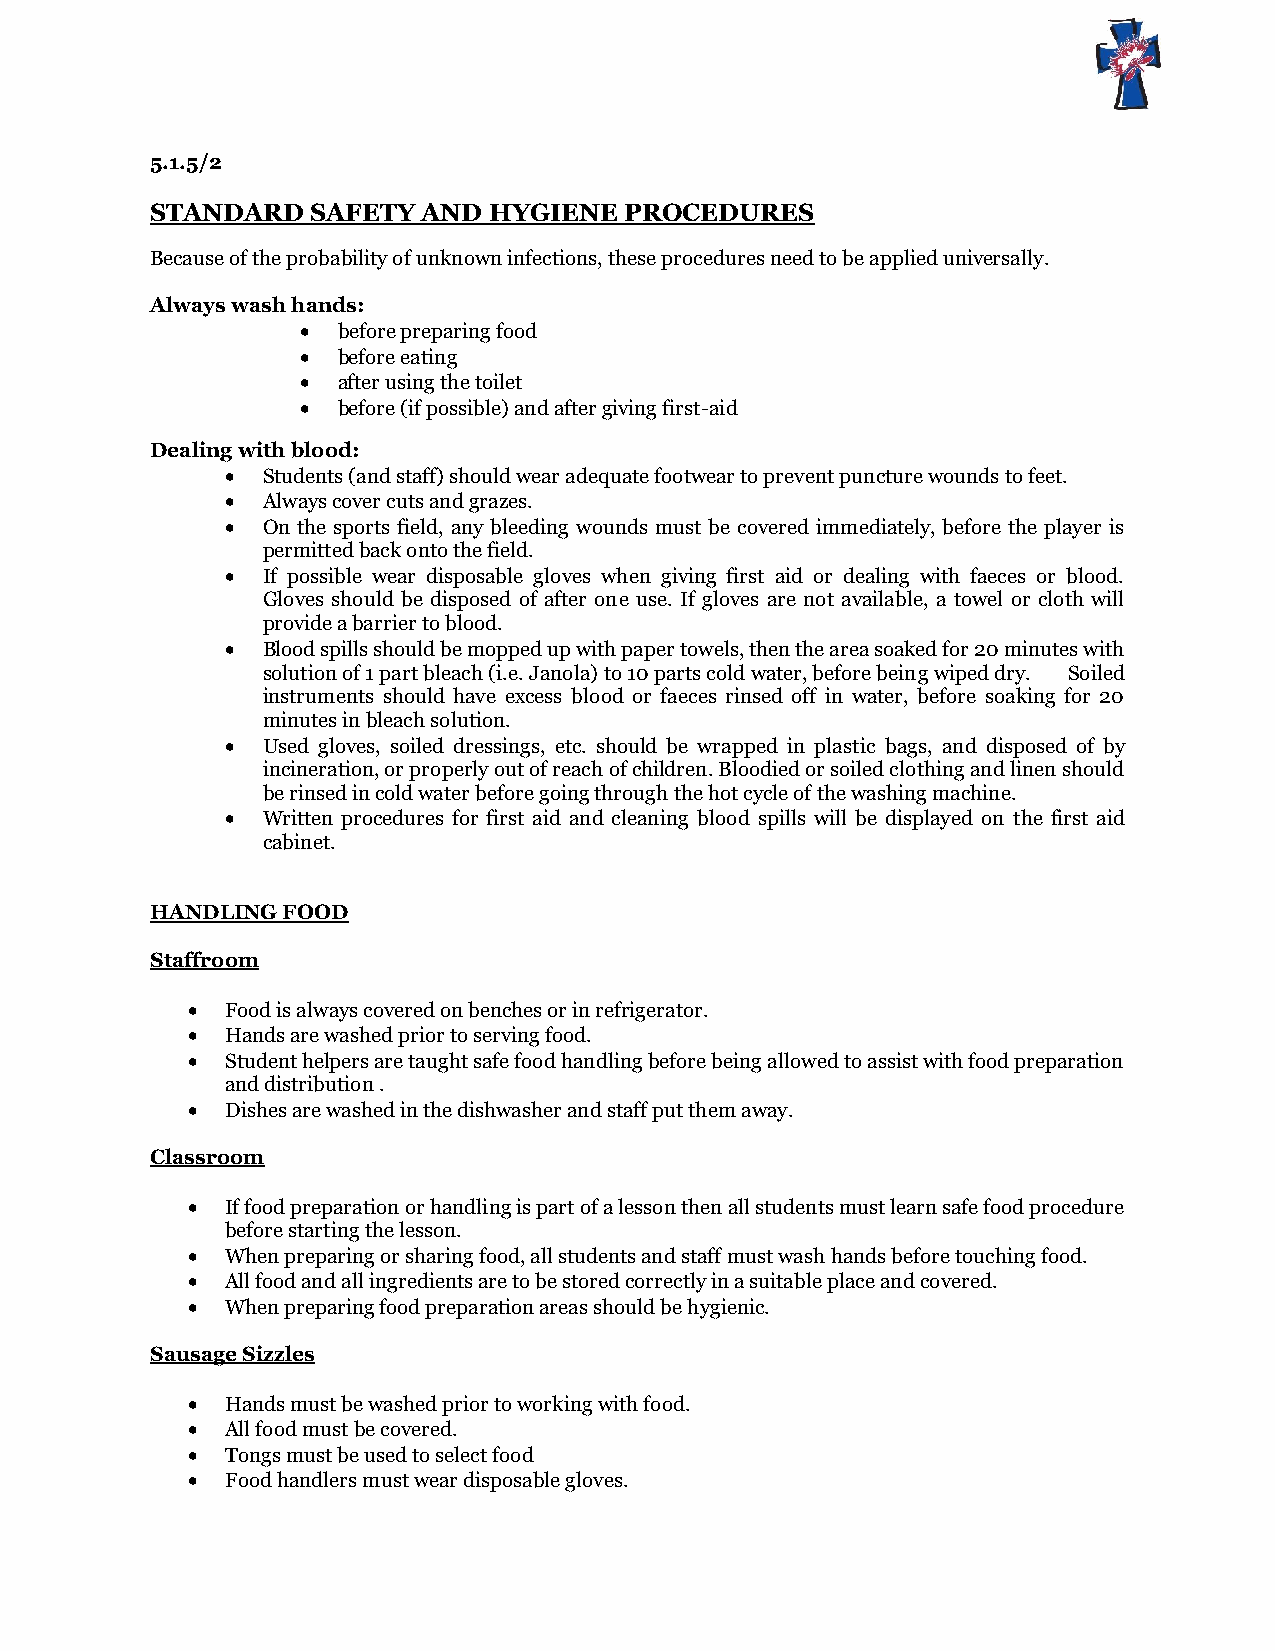
5.1.5/2
 STANDARD   SAFETY AND HYGIENE  PROCEDURES
 Because of the probability of unknown infections, these procedures need to be applied universally.
 Always wash hands:
  before preparing food
  before eating
  after using the toilet
  before (if possible) and after giving first-aid
 Dealing with blood:
  Students (and staff) should wear adequate footwear to prevent puncture wounds to feet.
  Always cover cuts and grazes.
  On the sports field, any bleeding wounds must be covered immediately, before the player is
 permitted back onto the field.
  If possible wear disposable gloves when giving first aid or dealing with faeces or blood.
 Gloves should be disposed of after one use. If gloves are not available, a towel or cloth will
 provide a barrier to blood.
  Blood spills should be mopped up with paper towels, then the area soaked for 20 minutes with
 solution of 1 part bleach (i.e. Janola) to 10 parts cold water, before being wiped dry. Soiled
 instruments should have excess blood or faeces rinsed off in water, before soaking for 20
 minutes in bleach solution.
  Used gloves, soiled dressings, etc. should be wrapped in plastic bags, and disposed of by
 incineration, or properly out of reach of children. Bloodied or soiled clothing and linen should
 be rinsed in cold water before going through the hot cycle of the washing machine.
  Written procedures for first aid and cleaning blood spills will be displayed on the first aid
 cabinet.
 HANDLING FOOD
 Staffroom
   Food is always covered on benches or in refrigerator.
   Hands are washed prior to serving food.
   Student helpers are taught safe food handling before being allowed to assist with food preparation
 and distribution .
   Dishes are washed in the dishwasher and staff put them away.
 Classroom
   If food preparation or handling is part of a lesson then all students must learn safe food procedure
 before starting the lesson.
   When preparing or sharing food, all students and staff must wash hands before touching food.
   All food and all ingredients are to be stored correctly in a suitable place and covered.
   When preparing food preparation areas should be hygienic.
 Sausage Sizzles
   Hands must be washed prior to working with food.
   All food must be covered.
   Tongs must be used to select food
   Food handlers must wear disposable gloves.